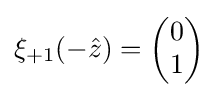
\xi _{+1}(-{\hat {z}})={\begin{pmatrix}0\\1\end{pmatrix}}